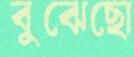
বুঝেছো